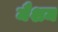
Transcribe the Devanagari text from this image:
मैशम